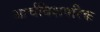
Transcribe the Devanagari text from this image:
आर्चबिशपरिक